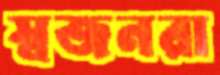
স্বজনরা